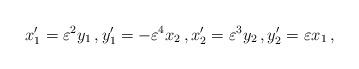
LaTeX: \begin{align*}x_1^\prime = \varepsilon^2 y_1 \, , y_1^\prime = - \varepsilon^4 x_2 \, , x_2^\prime = \varepsilon^3 y_2 \, , y_2^\prime = \varepsilon x_1 \, , \end{align*}